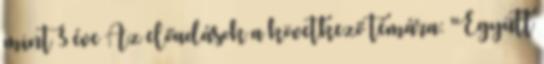
mint 3 éve Az előadások a következő témára: "Együtt